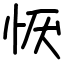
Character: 恹